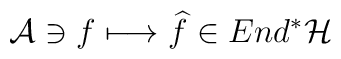
{\cal A}\ni f\longmapsto \widehat{f}\in End^{*}{\cal H}